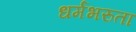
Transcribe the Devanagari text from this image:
धर्मभरुता